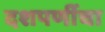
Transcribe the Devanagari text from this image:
दशपर्णीचा